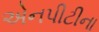
એનપીટીના